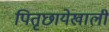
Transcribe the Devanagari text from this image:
पितृछायेखाली